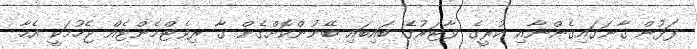
ފަޅުން ގާނަގައިގެންނާއި ކުރީގެ ވާޓަރުގެ ބައިބައި ބޭނުންކޮށްގެން ގާ ރިވެޓްމެންޓެއް ޖެހުމަކީ އެހާ